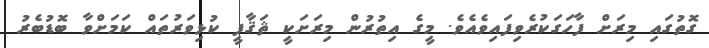
ގޮތުގައި މިރަށް ފާހަގަކުރެވިފައިވެއެވެ. މީގެ އިތުރުން މިރަށަކީ ޘަޤާފީ ކުޅިވަރުތައް ކަމަށްވާ ބޮޑުބެރު